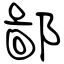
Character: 鄙